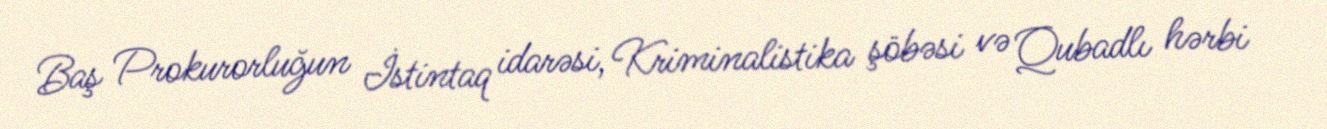
Baş Prokurorluğun İstintaq idarəsi, Kriminalistika şöbəsi və Qubadlı hərbi